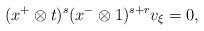
LaTeX: \begin{align*}(x^+\otimes t)^s(x^-\otimes 1)^{s+r}v_\xi=0,\end{align*}